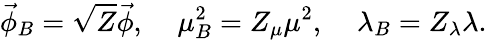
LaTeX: \vec{\phi}_{B}=\sqrt{Z}\vec{\phi},\; \; \; \; \mu_{B}^{2}=Z_{\mu}\mu^{2},\; \; \; \; \lambda_{B}=Z_{\lambda}\lambda.